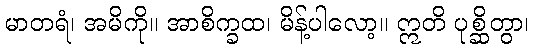
မာတရံ၊ အမိကို။ အာစိက္ခထ၊ မိန့်ပါလော့။ ဣတိ ပုစ္ဆိတွာ၊